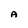
Character: A